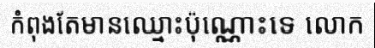
កំពុងតែមានឈ្មោះប៉ុណ្ណោះទេ លោក